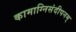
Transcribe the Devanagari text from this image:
कामाग्निसंदीपनम्